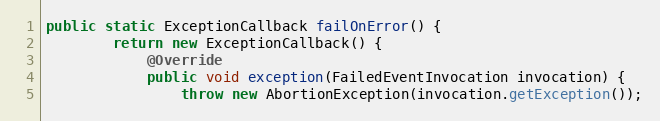
Language: Java
public static ExceptionCallback failOnError() {
        return new ExceptionCallback() {
            @Override
            public void exception(FailedEventInvocation invocation) {
                throw new AbortionException(invocation.getException());